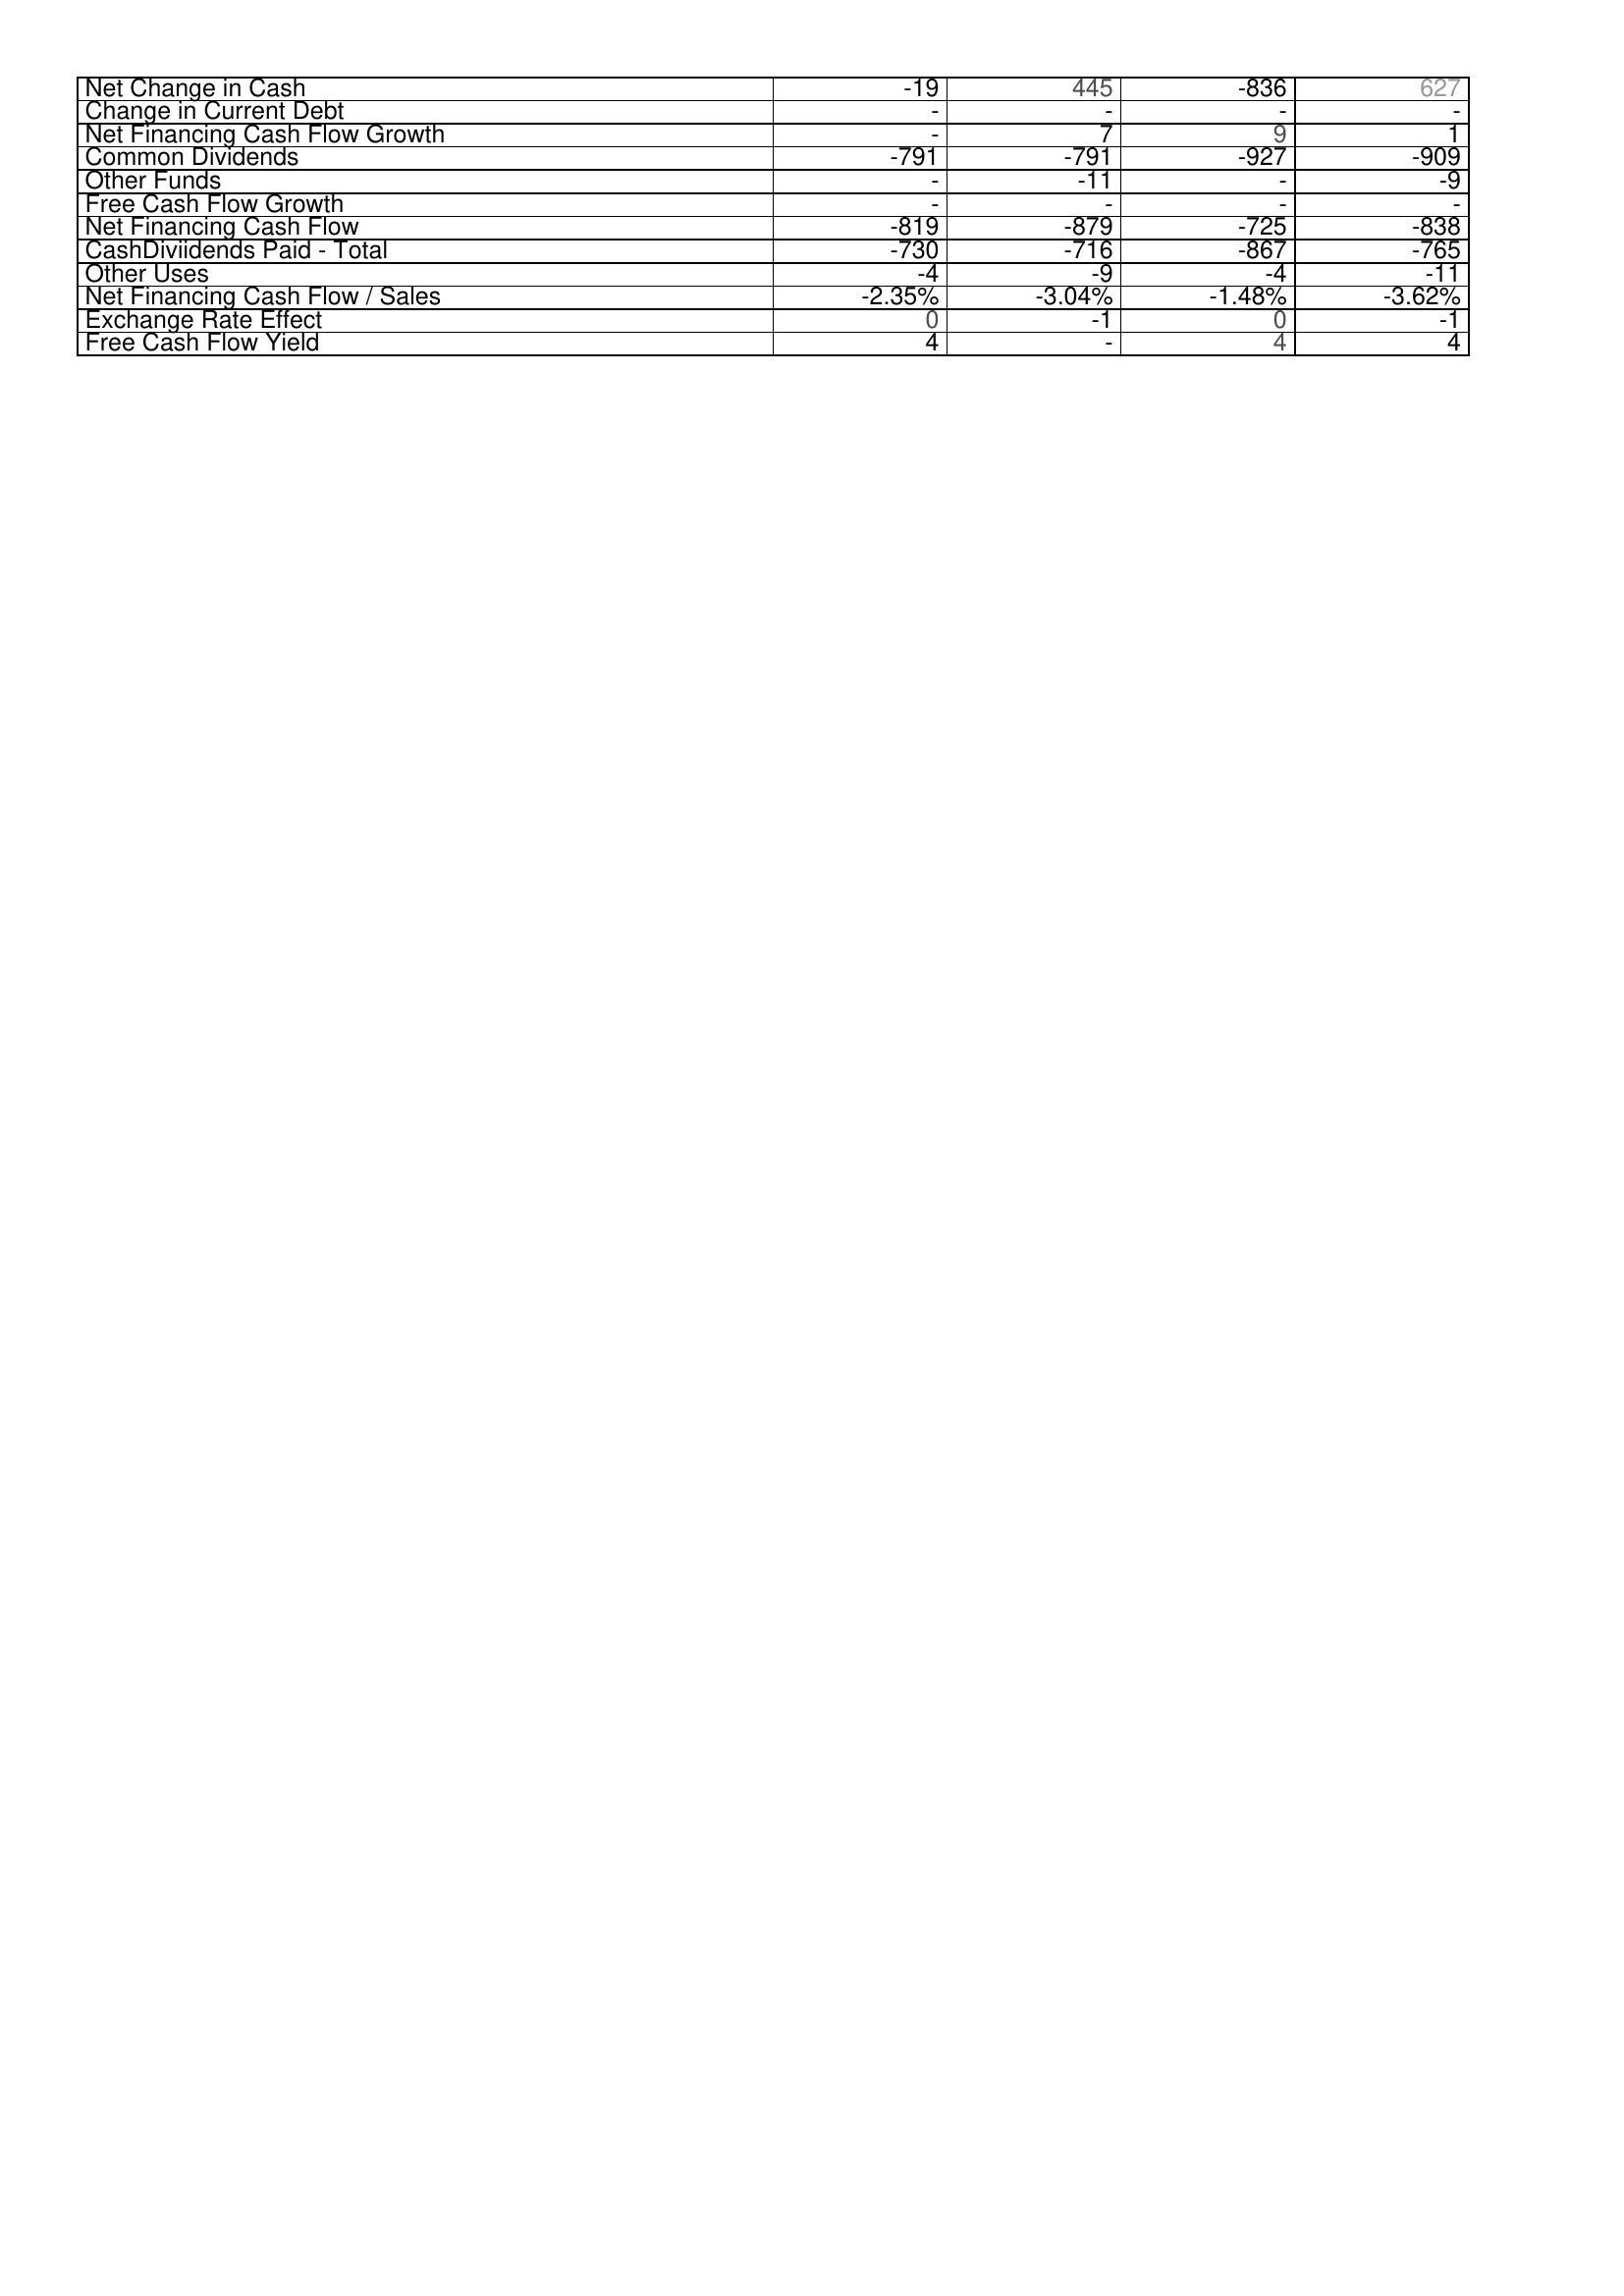
2005: Financing Activities: Net Change in Cash: -19
Change in Current Debt: -
Net Financing Cash Flow Growth: -
Common Dividends: -791
Other Funds: -
Free Cash Flow Growth: -
Net Financing Cash Flow: -819
CashDiviidends Paid - Total: -730
Other Uses: -4
Net Financing Cash Flow / Sales: -2.35%
Exchange Rate Effect: 0
Free Cash Flow Yield: 4
2004: Financing Activities: Net Change in Cash: 445
Change in Current Debt: -
Net Financing Cash Flow Growth: 7
Common Dividends: -791
Other Funds: -11
Free Cash Flow Growth: -
Net Financing Cash Flow: -879
CashDiviidends Paid - Total: -716
Other Uses: -9
Net Financing Cash Flow / Sales: -3.04%
Exchange Rate Effect: -1
Free Cash Flow Yield: -
2003: Financing Activities: Net Change in Cash: -836
Change in Current Debt: -
Net Financing Cash Flow Growth: 9
Common Dividends: -927
Other Funds: -
Free Cash Flow Growth: -
Net Financing Cash Flow: -725
CashDiviidends Paid - Total: -867
Other Uses: -4
Net Financing Cash Flow / Sales: -1.48%
Exchange Rate Effect: 0
Free Cash Flow Yield: 4
2002: Financing Activities: Net Change in Cash: 627
Change in Current Debt: -
Net Financing Cash Flow Growth: 1
Common Dividends: -909
Other Funds: -9
Free Cash Flow Growth: -
Net Financing Cash Flow: -838
CashDiviidends Paid - Total: -765
Other Uses: -11
Net Financing Cash Flow / Sales: -3.62%
Exchange Rate Effect: -1
Free Cash Flow Yield: 4